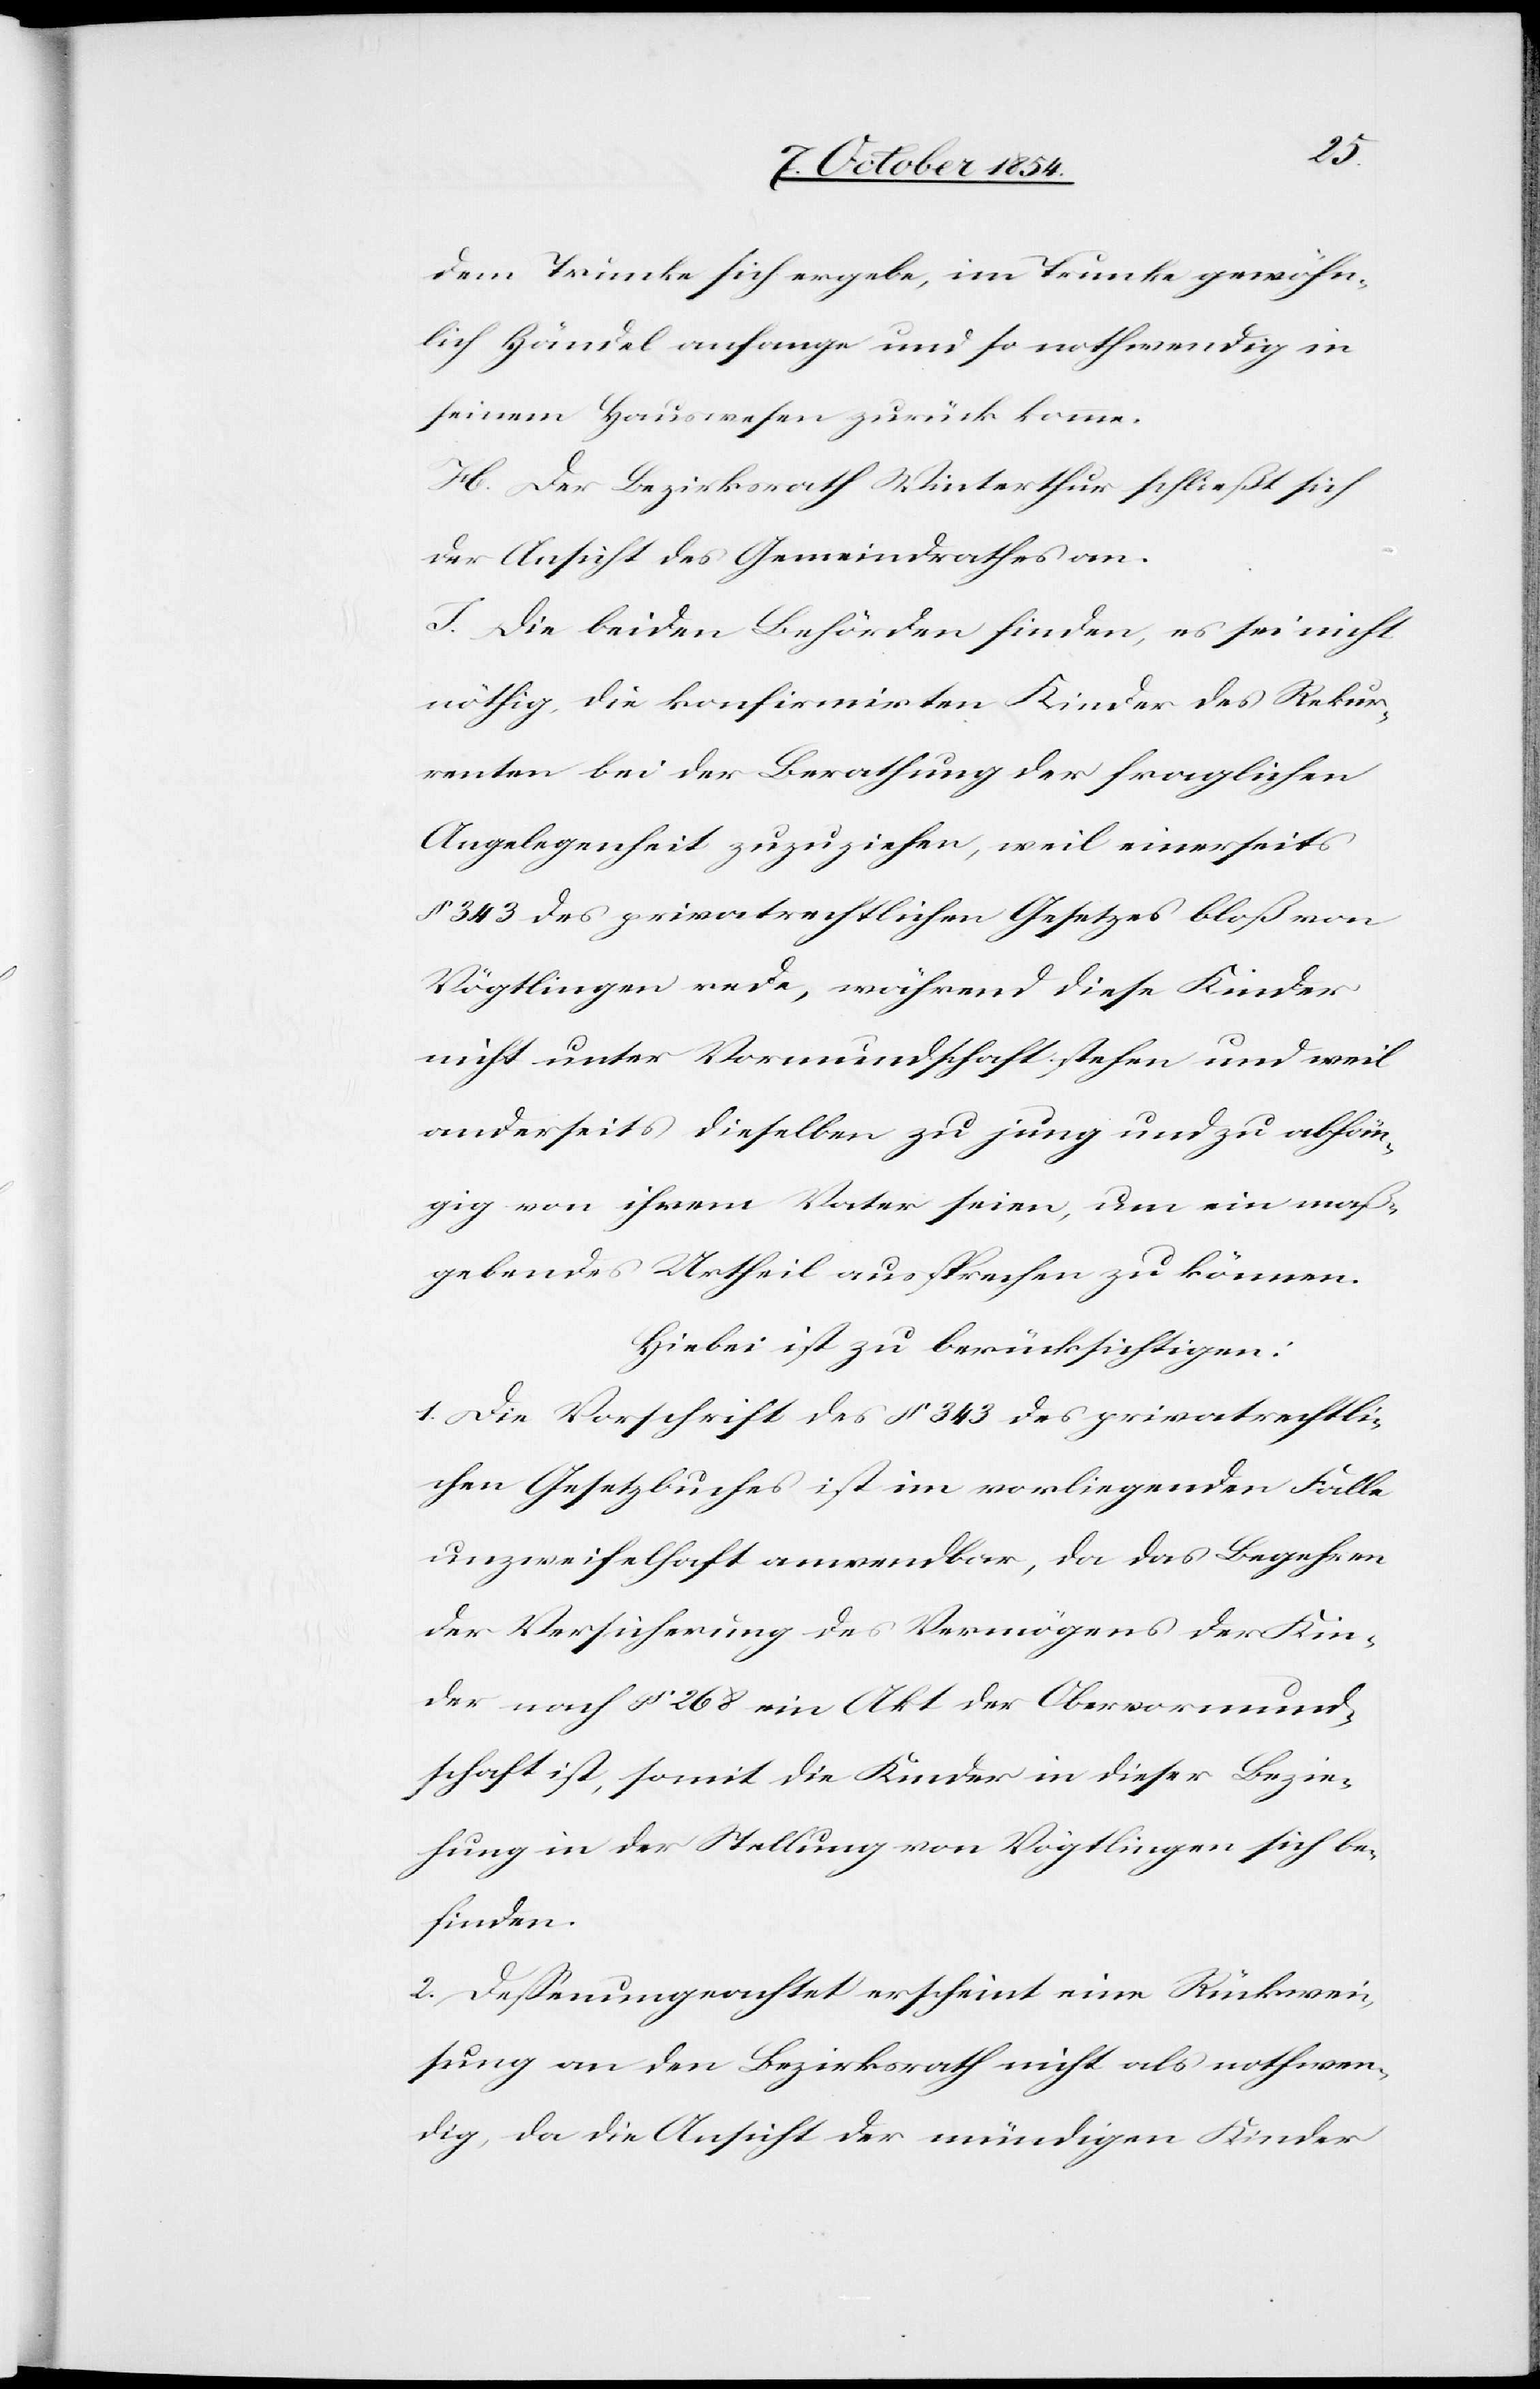
dem Trunke sich ergebe, im Trunke gewöhn¬
lich Zändel anfange und so nothwendig in
seinem Hauswesen zurück komme.
H. Der Bezirksrath Winterthur schließt sich
der Ansicht des Gemeindrathes an.
I. Die beiden Behörden finden, es sei nicht
nöthig, die konfirmirten Kinder des Rekur¬
renten bei der Berathung der fraglichen
Angelegenheit zuzuziehen, weil einerseits
§ 343 des privatrechtlichen Gesetzes bloß von
Vögtlingen rede, während diese Kinder
nicht unter Vormundschaft stehen und weil
anderseits dieselben zu jung und zu abhän¬
gig von ihrem Vater seien, um ein maß¬
gebendes Urtheil aussprechen zu können.
Hiebei ist zu berücksichtigen:
1. Die Vorschrift des § 343 des privatrechtli¬
chen Gesetzbuches ist im vorliegenden Falle
unzweifelhaft anwendbar, da das Begehren
der Versicherung des Vermögens der Kin¬
der nach § 268 ein Akt der Obervormund¬
schaft ist, somit die Kinder in dieser Bezie¬
hung in der Stellung von Vögtlingen sich be¬
finden.
2. Deßenungeachtet erscheint eine Rückwei¬
sung an den Bezirksrath nicht als nothwen¬
dig, da die Ansicht der mündigen Kinder